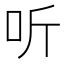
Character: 听